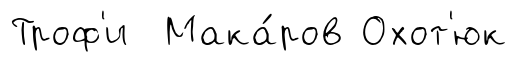
Троф'и Мака́ров Охот'юк